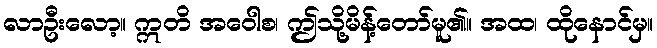
လာဦးလော့။ ဣတိ အဝေါစ၊ ဤသို့မိန့်တော်မူ၏။ အထ၊ ထိုနောင်မှ။